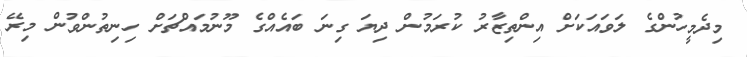
މިދެމީހުންގެ ލަވައަކަށް އިންތިޒާރު ކުރަމުން ދިޔަ ގިނަ ބައެއްގެ މޫނުމައްޗަށް ހިނިތުންވުން މިރޭ